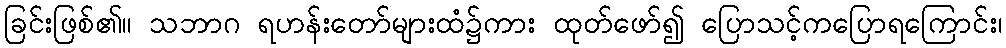
ခြင်းဖြစ်၏။ သဘာဂ ရဟန်းတော်များထံ၌ကား ထုတ်ဖော်၍ ပြောသင့်ကပြောရကြောင်း၊